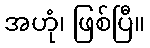
အဟုံ၊ ဖြစ်ပြီ။